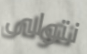
نتولى